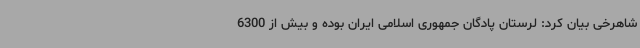
شاهرخی بیان کرد: لرستان پادگان جمهوری اسلامی ایران بوده و بیش از 6300